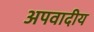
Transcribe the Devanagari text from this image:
अपवादीय